Civil Veterinary Department. Madras. Admin. report 1926-33 - 1926-1933
Year: 1926
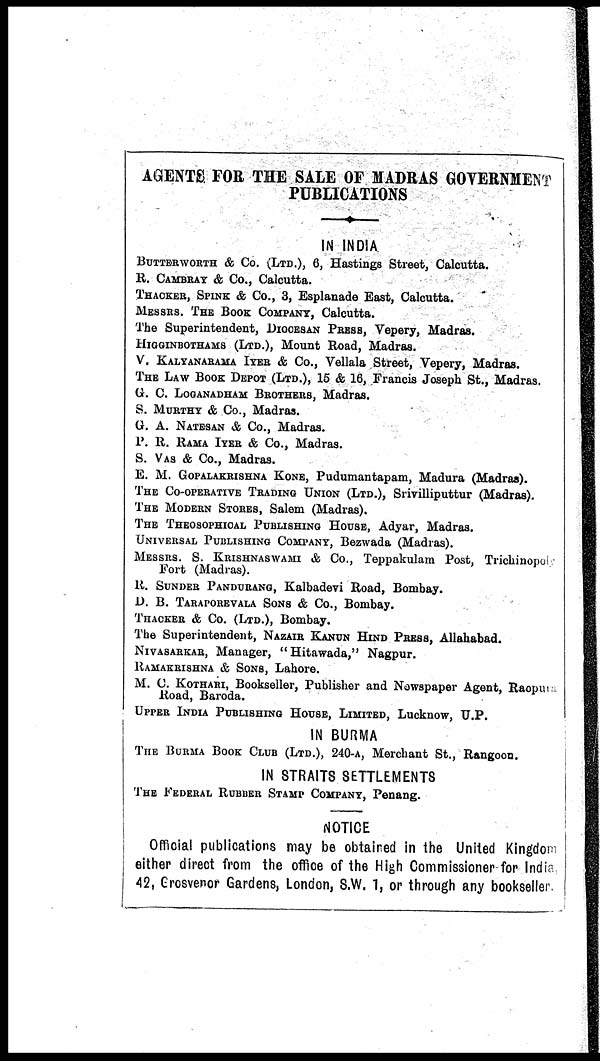
AGENTS FOR THE SALE OF MADRAS GOVERNMENT
PUBLICATIONS
IN INDIA
BUTTERWORTH & Co. (LTD.), 6, Hastings Street, Calcutta.
R. CAMBRAY & Co., Calcutta.
THACKER, SPINE & Co., 3, Esplanade East, Calcutta.
MESSRS. THE BOOK COMPANY, Calcutta.
The Superintendent, DIOCESAN PRESS, Vepery, Madras.
HIGGINBOTHAMS (LTD.), Mount Road, Madras.
V. KALYANARAMA IYER & Co., Vellala Street, Vepery, Madras.
THE LAW BOOK DEPOT (LTD.), 15 & 16, Francis Joseph St., Madras.
G. C. LOGANADHAM BROTHERS, Madras.
S. MURTHY & Co., Madras.
G. A. NATESAN & Co., Madras.
P. R. RAMA IYER & Co., Madras.
S. VAS & Co., Madras.
E. M. GOPALAKRISHNA KONE, Pudumantapam, Madura (Madras).
THE CO-OPERATIVE TRADING UNION (LTD.), Srivilliputtur (Madras).
THE MODERN STORES, Salem (Madras).
THE THEOSOPHICAL PUBLISHING HOUSE, Adyar, Madras.
UNIVERSAL PUBLISHING COMPANY, Bezwada (Madras).
MESSRS. S. KRISHNASWAMI & Co., Teppakulam Post, Trichinopoly
Fort (Madras).
R. SUNDER PANDURANG, Kalbadevi Road, Bombay.
D. B. TARAPOREVALA SONS & Co., Bombay.
THACKER & Co. (LTD.), Bombay.
The Superintendent, NAZAIR KANUN HIND PRESS, Allahabad.
NIVASARKAR, Manager, "Hitawada," Nagpur.
RAMAKRISHNA & SONS, Lahore.
M. C. KOTHARI, Bookseller, Publisher and Nowspaper Agent, Raopu
Road, Baroda.
UPPER INDIA PUBLISHING HOUSE, LIMITED, Lucknow, U.P.
IN BURMA
THE BURMA BOOK CLUB (LTD.), 240-A, Merchant St., Rangoon.
IN STRAITS SETTLEMENTS
THE FEDERAL RUBBER STAMP COMPANY, Penang.
NOTICE
Official publications may be obtained in the United Kingdom
either direct from the office of the High Commissioner for India
42, Grosvenor Gardens, London, S.W. 1, or through any bookseller